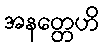
အနတ္တေဟိ